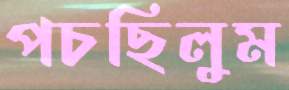
পচছিলুম